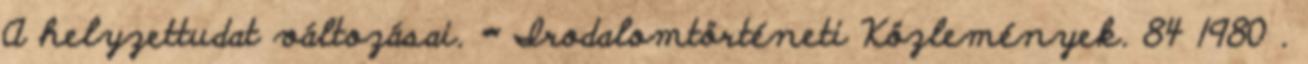
A helyzettudat változásai. = Irodalomtörténeti Közlemények. 84 1980 .